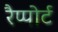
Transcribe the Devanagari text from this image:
रैप्पोर्ट